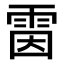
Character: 𩂥